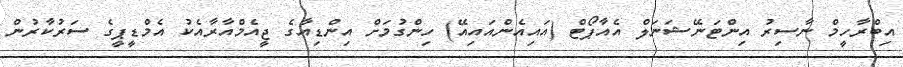
އިބްރާހީމް ނާސިރު އިންޓަނޭޝަނަލް އެއާޕޯޓް (އައިއެންއައިއޭ) ހިންގުމަށް އިންޑިއާގެ ޖީއެމްއާރާއެކު އެމްޑީޕީގެ ސަރުކާރުން